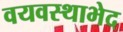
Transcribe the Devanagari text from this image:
वयवस्थाभेद